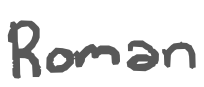
Text: Roman
Cross-out: clean
Writing tool: digital_gray